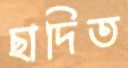
ছাদিত